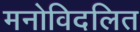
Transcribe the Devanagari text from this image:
मनोविदलित